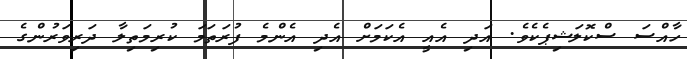
ހާއްސަ ސްކޮލަޝިޕެކެވެ. އަދި އެއީ އެކަމަށް އެދި އެންމެ ފުރަތަމަ ކުރިމަތިލާ ދަރިވަރުންގެ